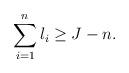
LaTeX: \begin{align*}\sum_{i=1}^n l_i \geq J-n.\end{align*}